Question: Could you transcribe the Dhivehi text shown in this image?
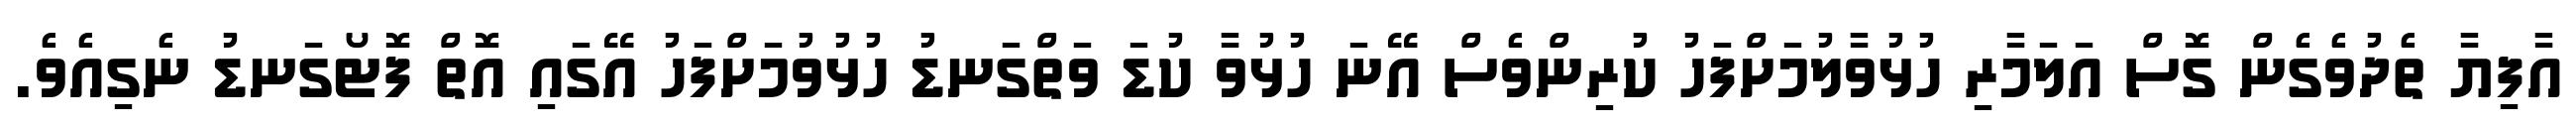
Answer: އާފިޔާ ތެދުވެގެން ގޮސް އަލަމާރި ހުޅުވާލުމަށްފަހު ކުރިންވެސް އޭނަ ހުޅުވާ ކުޑަ ވަތްގަނޑު ހުޅުވުމަށްފަހު އޭގައި އޮތް ފޮޓޯގަނޑު ނެގިއެވެ.